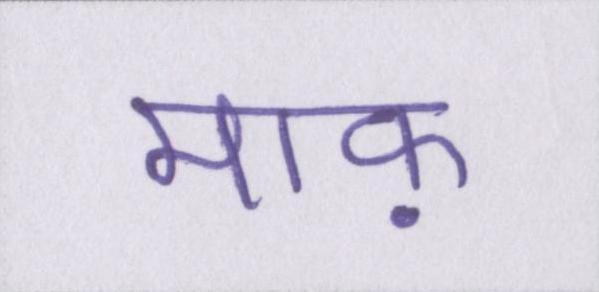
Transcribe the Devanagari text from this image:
माफ़